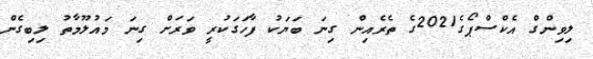
ލިވިންގް އެކްސްޕޯގެ2021ގެ ތެރެއިން ގިނަ ބަޔަކު ފާހަގަކުރީ ވަރަށް ގިނަ މައުލޫމާތު ލިބިގެން